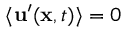
\langle \mathbf { u } ^ { \prime } ( \mathbf { x } , t ) \rangle = 0